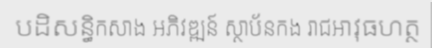
បដិសន្ធិកសាង អភិវឌ្ឍន៍ ស្ថាប័នកង រាជអាវុធហត្ថ